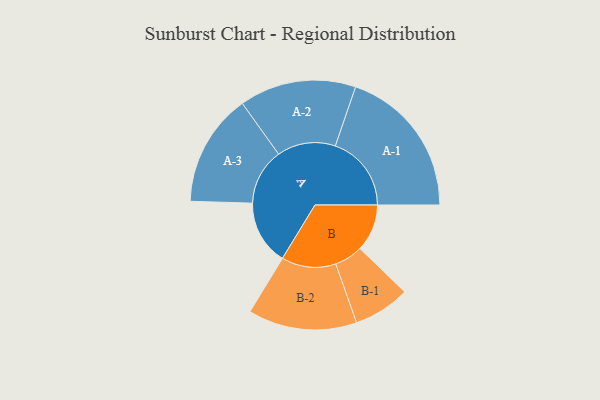
{"axis": {"x": "Segment", "y": "Value"}, "legend": ["", "A", "B"], "data": [{"x": "A", "y": 230, "type": ""}, {"x": "B", "y": 168, "type": ""}, {"x": "A-1", "y": 271, "type": "A"}, {"x": "A-2", "y": 208, "type": "A"}, {"x": "A-3", "y": 201, "type": "A"}, {"x": "B-1", "y": 101, "type": "B"}, {"x": "B-2", "y": 194, "type": "B"}]}